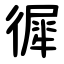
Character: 徲